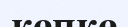
кепке